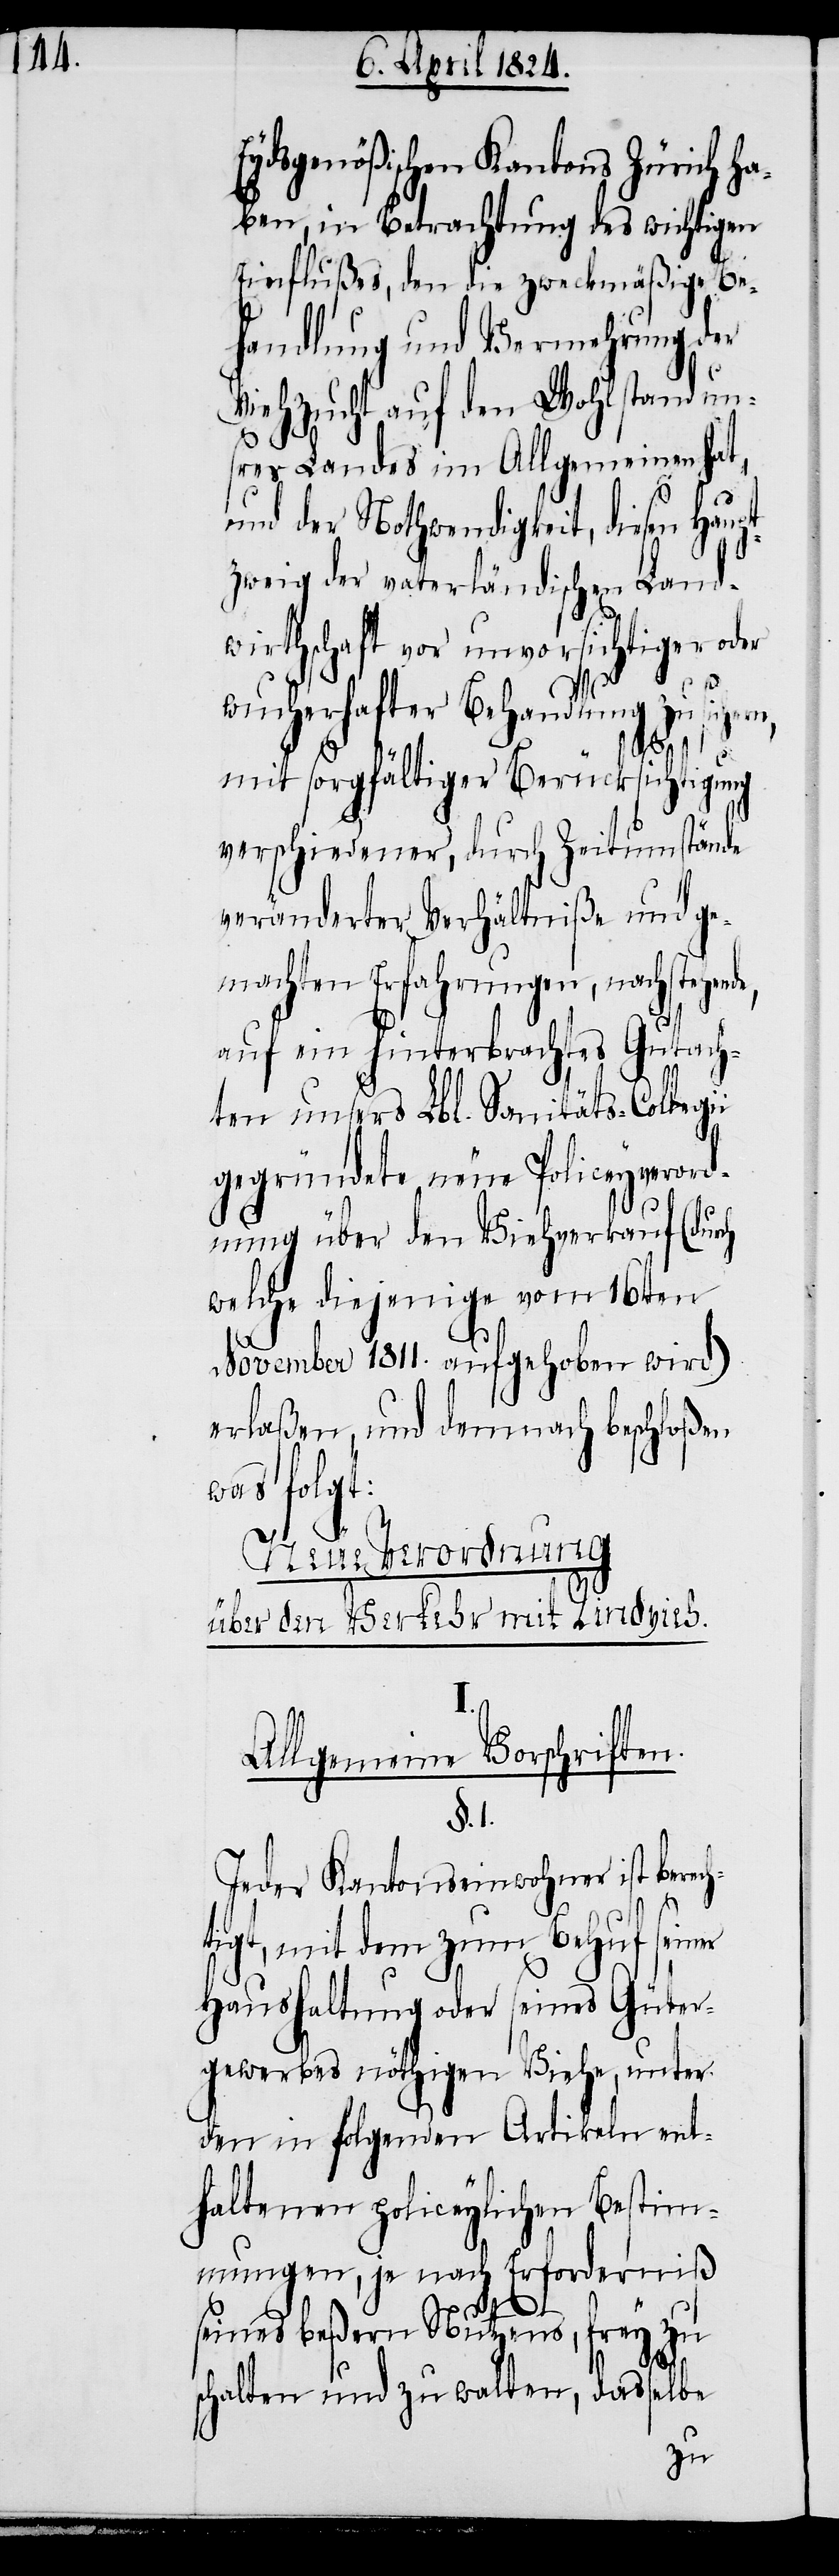
Eydsgenößischen Kantons Zürich ha¬
ben, in Betrachtung des wichtigen
Einflußes, den die zweckmäßige Be¬
handlung und Vermehrung der
Viehzucht auf den Wohlstand un¬
sers Landes im Allgemeinen hat,
und der Nothwendigkeit diesen Haup¬
tzweig der vaterländischen Land¬
wirtschaft vor unvorsichtiger oder
wucherhafter Behandlung zu sichern,
mit sorgfältiger Berücksichtigung
verschiedener, durch Zeitumstände
veränderter Verhältniße und ge¬
machten Erfahrungen, nachstehende,
auf ein hinterbrachtes Gutach¬
ten unsers Lbl. Sanitäts-Collegii
gegründete neue Policeyverord¬
nung über den Viehverkauf (durch
welche diejenige vom 16ten
November 1811. aufgehoben wird)
erlaßen, und demnach beschloßen
was folgt:
Neue Verordnung
über den Verkehr mit Rindvieh.
I.
Allgemeine Vorschriften.
§. 1.
Jeder Kantonseinwohner ist berec¬
h¬
tigt, mit dem zum Behuf seiner
Haushaltung oder seines Güter¬
gewerbes nöthigen Viehe, unter
den in folgenden Artikeln ent¬
haltenen policeylichen Bestim¬
mungen, je nach Erforderniß
seines beßern Nutzens, frey zu
schalten und zu walten, dasselbe